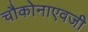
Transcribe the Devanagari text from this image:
चौकोनाएवजी